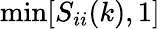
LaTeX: \operatorname*{min}[S_{ii}(k),1]